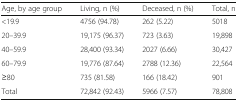
| Age, by age group | Living, n (%) | Deceased, n (%) | Total, n |
 | --- | --- | --- | --- |
 | <19.9 | 4756 (94.78) | 262 (5.22) | 5018 |
 | 20–39.9 | 19,175 (96.37) | 723 (3.63) | 19,898 |
 | 40–59.9 | 28,400 (93.34) | 2027 (6.66) | 30,427 |
 | 60–79.9 | 19,776 (87.64) | 2788 (12.36) | 22,564 |
 | ≥80 | 735 (81.58) | 166 (18.42) | 901 |
 | Total | 72,842 (92.43) | 5966 (7.57) | 78,808 |